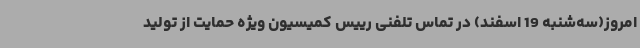
امروز(سه‌شنبه 19 اسفند) در تماس تلفنی رییس کمیسیون ویژه حمایت از تولید